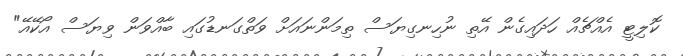
ކޮލިޓީ އެއްޗެއް ހަދައިގެން އޭތި ނުހިނގިޔަސް ތިމަންނައަށް ވަތްގަނޑުގައި ބާއްވަން ވިޔަސް އޯކޭއޭ"